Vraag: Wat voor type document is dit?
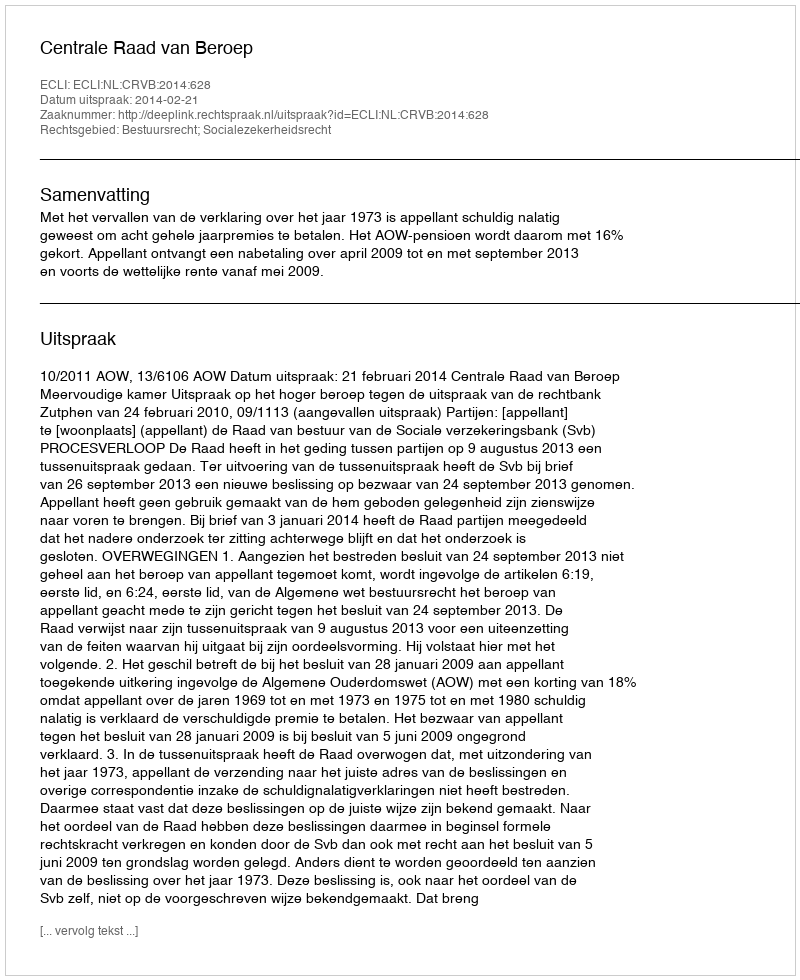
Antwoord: Uitspraak